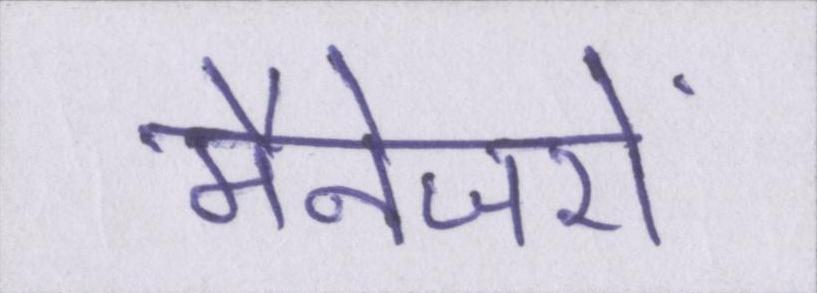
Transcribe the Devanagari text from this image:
मैनेजरों